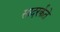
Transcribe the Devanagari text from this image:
सादरर्कते